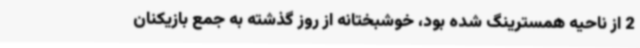
2 از ناحیه همسترینگ شده بود، خوشبختانه از روز گذشته به جمع بازیکنان